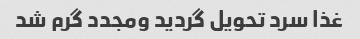
غذا سرد تحویل گردید ومجدد گرم شد